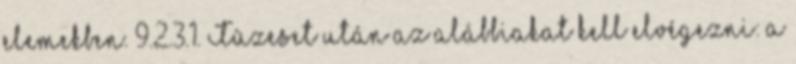
elemekben. 9.2.3.1. Tûzeset után az alábbiakat kell elvégezni: a